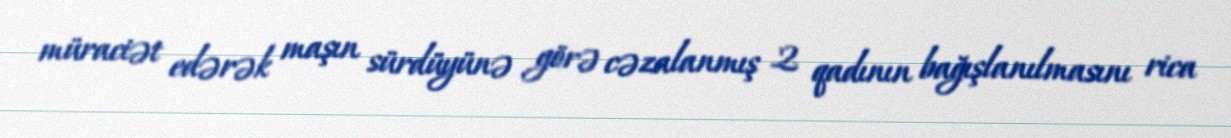
müraciət edərək maşın sürdüyünə görə cəzalanmış 2 qadının bağışlanılmasını rica